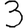
Digit: 3